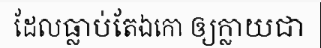
ដែលធ្លាប់តែឯកោ ឲ្យក្លាយជា